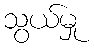
သွယ်မှု